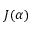
J ( \alpha )